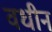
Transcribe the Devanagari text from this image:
वधीन